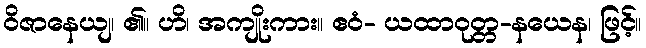
ဝိဇာနေယျ၊ ၏။ ဟိ၊ အကျိုးကား။ ဧဝံ- ယထာဝုတ္တ-နယေန၊ ဖြင့်။